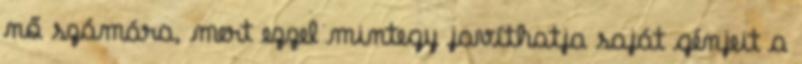
nő számára, mert ezzel mintegy javíthatja saját génjeit a